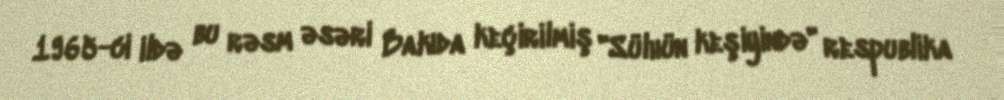
1965-ci ildə bu rəsm əsəri Bakıda keçirilmiş "Sülhün keşiyində" respublika